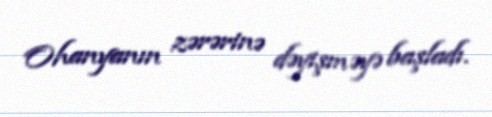
Ohanyanın zərərinə dəyişməyə başladı.